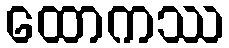
ထောကဿ